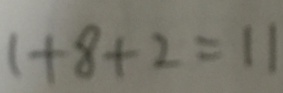
1 + 8 + 2 = 1 1